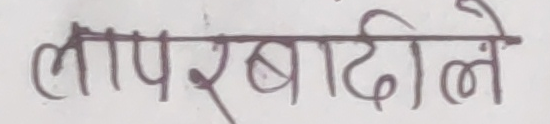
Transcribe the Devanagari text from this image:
लापरबादिले